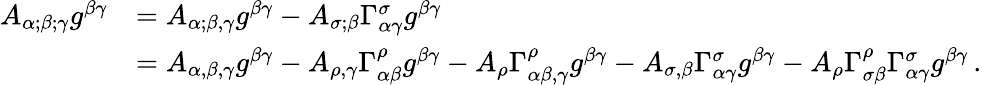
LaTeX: {\begin{array}{rl}{A_{\alpha;\beta;\gamma}g^{\beta\gamma}}&{=A_{\alpha;\beta,\gamma}g^{\beta\gamma}-A_{\sigma;\beta}\Gamma_{\alpha\gamma}^{\sigma}g^{\beta\gamma}}\\ &{=A_{\alpha,\beta,\gamma}g^{\beta\gamma}-A_{\rho,\gamma}\Gamma_{\alpha\beta}^{\rho}g^{\beta\gamma}-A_{\rho}\Gamma_{\alpha\beta,\gamma}^{\rho}g^{\beta\gamma}-A_{\sigma,\beta}\Gamma_{\alpha\gamma}^{\sigma}g^{\beta\gamma}-A_{\rho}\Gamma_{\sigma\beta}^{\rho}\Gamma_{\alpha\gamma}^{\sigma}g^{\beta\gamma}\, .}\end{array}}